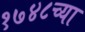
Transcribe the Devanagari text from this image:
१७४८च्या